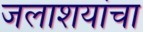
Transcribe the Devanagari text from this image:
जलाशयांचा